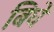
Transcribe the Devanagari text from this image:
बिघे